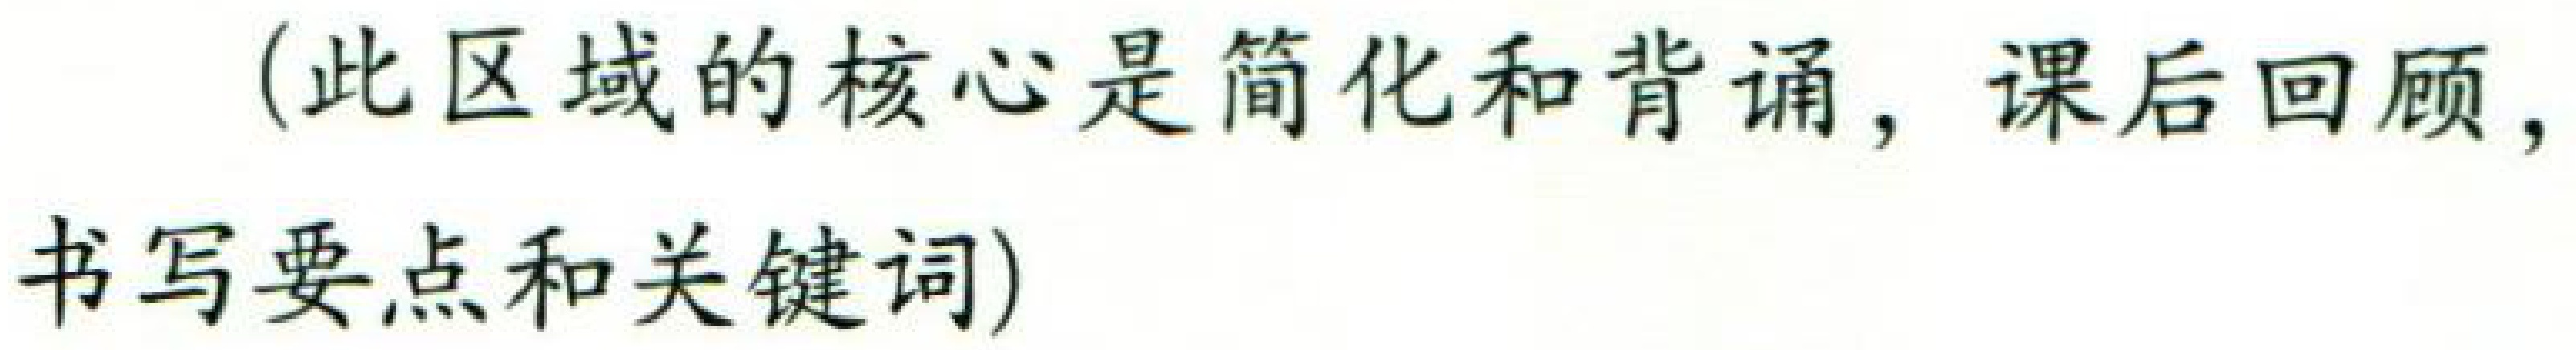
（此区域的核心是简化和背诵，课后回顾，书写要点和关键词）